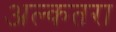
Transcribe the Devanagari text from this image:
अल्कतरा